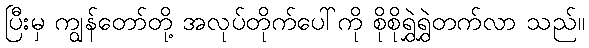
ပြီးမှ ကျွန်တော်တို့ အလုပ်တိုက်ပေါ်ကို စိုစိုရွှဲရွှဲတက်လာ သည်။